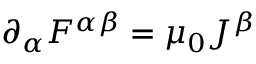
\partial _ { \alpha } F ^ { \alpha \beta } = \mu _ { 0 } J ^ { \beta }